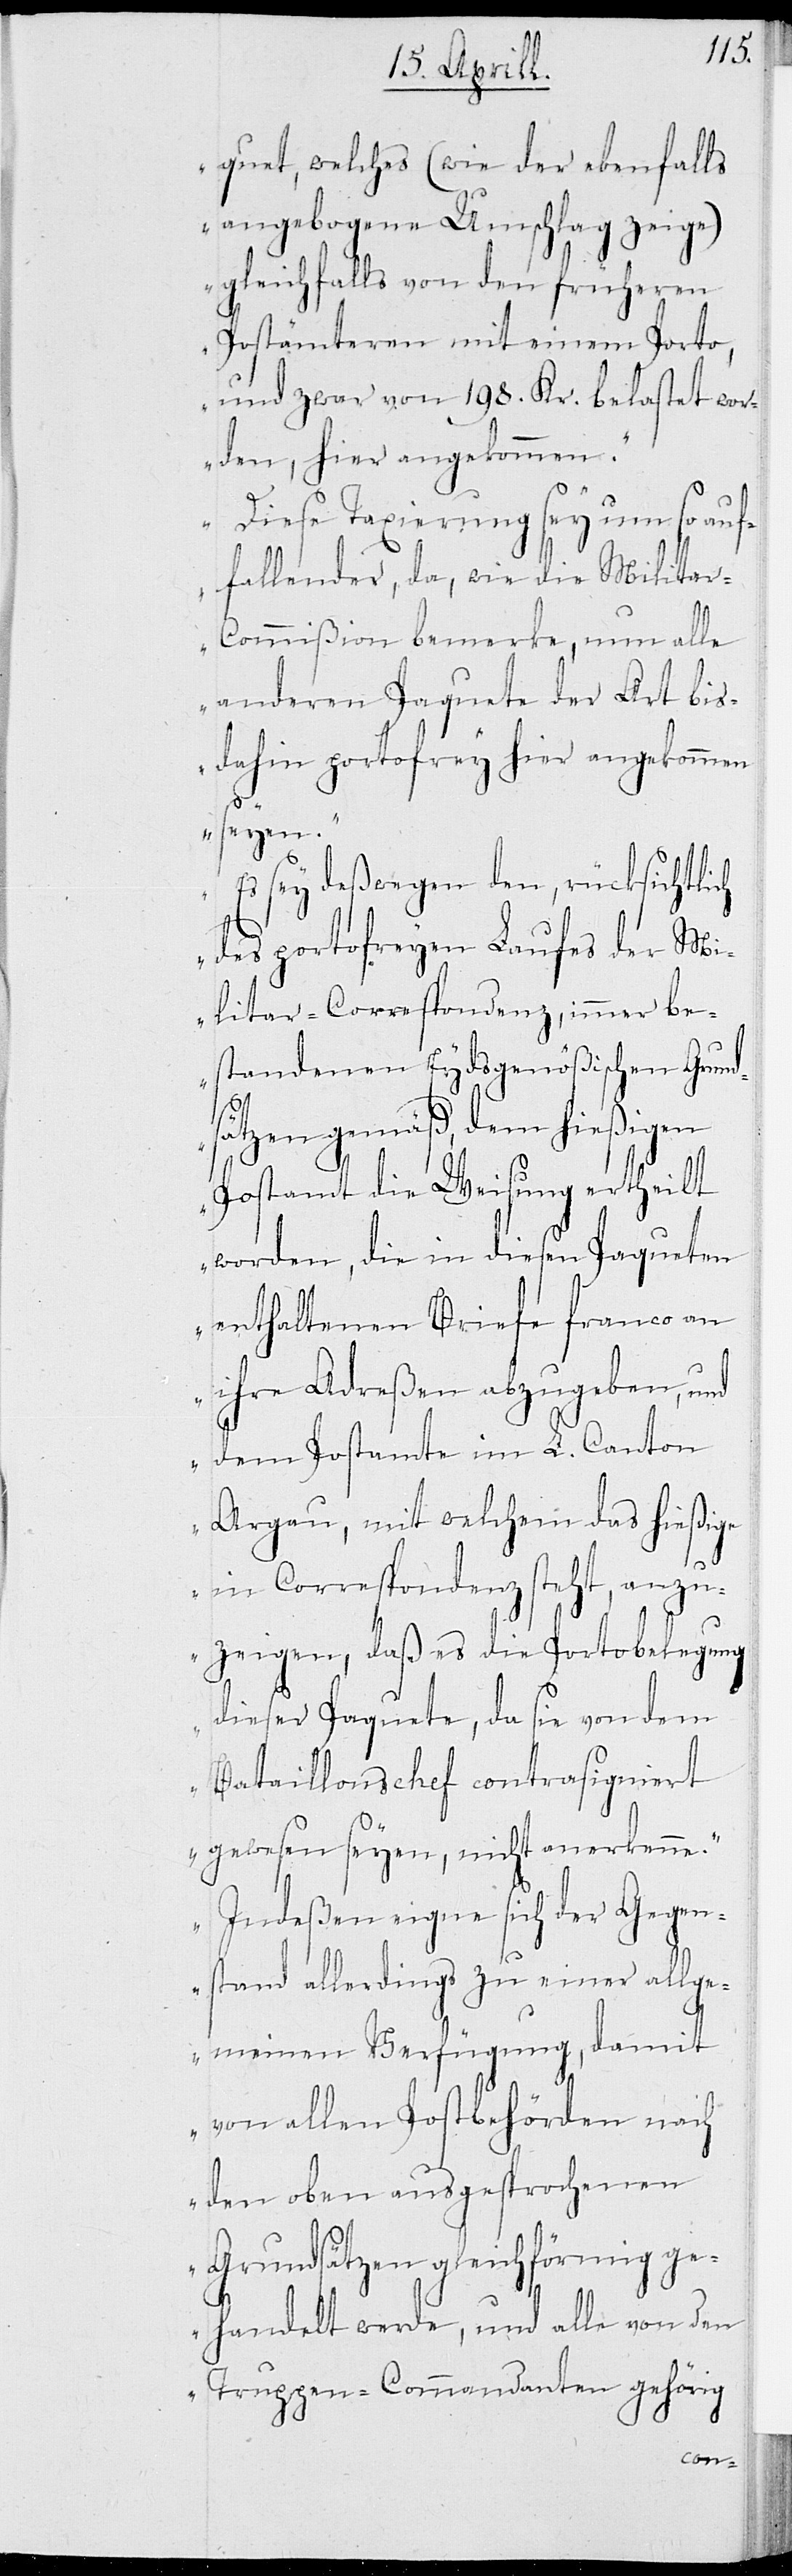
quet, welches (wie der ebenfalls
angebogene Umschlag zeige)
gleichfalls von den früheren
Postämteren mit einem Porto,
und zwar von 198 Kr. belastet wor¬
den, hier angekommen.
Diese Taxierung sey um so auf¬
fallender, da, wie die Milita¬
r-Commißion bemerke, nun alle
anderen Paquete der Art bis
dahin portofrey hier angekommen
seyen.
Es sey deßwegen den, rücksichtlich
des portofreyen Laufes der Mi¬
litar-Correspondenz, immer be¬
standenen Eydsgenößischen Grund¬
sätzen gemäß, dem hießigen
Postamt die Weisung ertheilt
worden, die in diesen Paqueten
enthaltenen Briefe franco an
ihre Adreßen abzugeben, und
dem Postamte im L. Canton
Argau, mit welchem das hießige
in Correspondenz steht, anzu¬
zeigen, daß es die Portobelegung
dieser Paquete, da sie von dem
Bataillonschef contrasigniert
gewesen seyen, nicht anerkenne.
Indeßen eigne sich der Gegen¬
stand allerdings zu einer allge¬
meinen Verfügung, damit
von allen Postbehörden nach
den oben ausgesprochenen
Grundsätzen gleichförmig ge¬
handelt werde, und alle von dem
Truppen-Commandanten gehörig